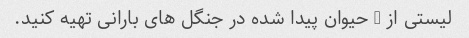
لیستی از 5 حیوان پیدا شده در جنگل های بارانی تهیه کنید.